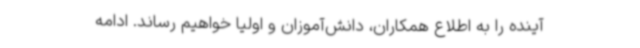
آینده را به اطلاع همکاران، دانش‌آموزان و اولیا خواهیم رساند. ادامه